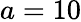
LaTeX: a=10